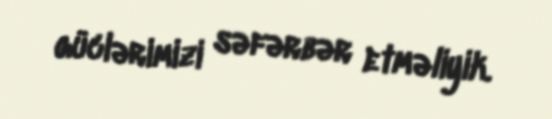
güclərimizi səfərbər etməliyik.